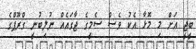
ބީޖީ އަށް މި މޮޅާ އެކު ވެސް ސެމީގެ ޖާގައެއް ނުލިބުނީ ގްރޫޕްގެ